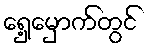
ရှေ့မှောက်တွင်